Senior Leaving Certificate Examination (including Day School Certificate (Higher) General paper), 1950
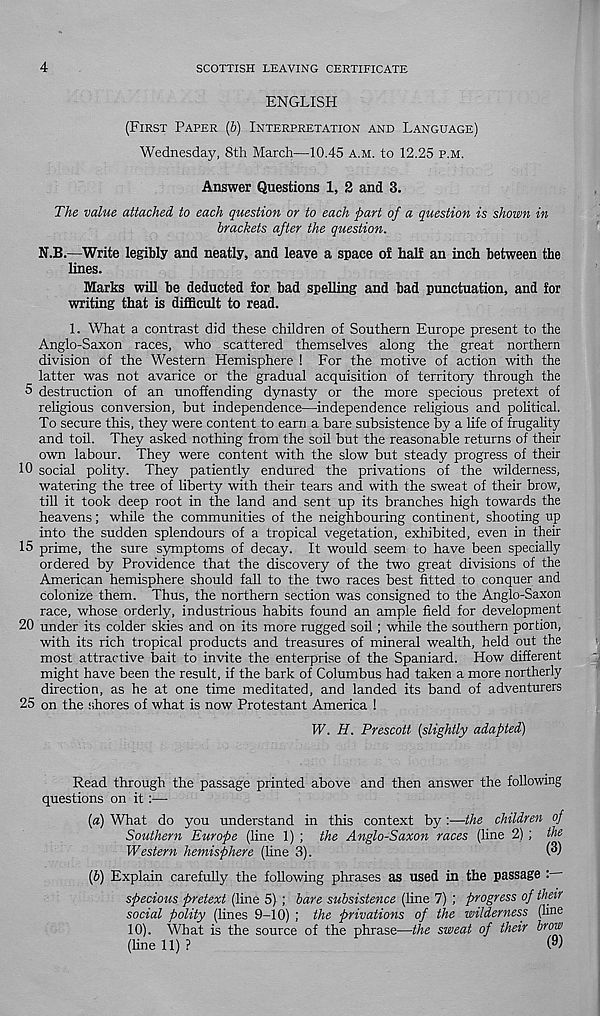
4
SCOTTISH LEAVING CERTIFICATE
ENGLISH
(FIRST PAPER (b) INTERPRETATION AND LANGUAGE)
Wednesday, 8th March—10.45 A.M. to 12.25 P.M.
Answer Questions 1, 2 and 3.
The value attached to each question or to each part of a question is shown in
brackets after the question.
N.B.—Write legibly and neatly, and leave a space of half an inch between the
lines.
Marks will be deducted for bad spelling and bad punctuation, and for
writing that is difficult to read.
1. What a contrast did these children of Southern Europe present to the
Anglo-Saxon races, who scattered themselves along the great northern
division of the Western Hemisphere ! For the motive of action with the
latter was not avarice or the gradual acquisition of territory through the
5 destruction of an unoffending dynasty or the more specious pretext of
religious conversion, but independence—independence religious and political.
To secure this, they were content to earn a bare subsistence by a life of frugality
and toil. They asked nothing from the soil but the reasonable returns of their
own labour. They were content with the slow but steady progress of their
10 social polity. They patiently endured the privations of the wilderness,
watering the tree of liberty with their tears and with the sweat of their brow,
till it took deep root in the land and sent up its branches high towards the
heavens; while the communities of the neighbouring continent, shooting up
into the sudden splendours of a tropical vegetation, exhibited, even in their
15 prime, the sure symptoms of decay. It would seem to have been specially
ordered by Providence that the discovery of the two great divisions of the
American hemisphere should fall to the two races best fitted to conquer and
colonize them. Thus, the northern section was consigned to the Anglo-Saxon
race, whose orderly, industrious habits found an ample field for development
20 under its colder skies and on its more rugged soil; while the southern portion,
with its rich tropical products and treasures of mineral wealth, held out the
most attractive bait to invite the enterprise of the Spaniard. How different
might have been the result, if the bark of Columbus had taken a more northerly
direction, as he at one time meditated, and landed its band of adventurers
25 on the shores of what is now Protestant America !
W. H. Prescott {slightly adapted)
Read through the passage printed above and then answer the following
questions on it:—-
{a) What do you understand in this context by:—the children of
Southern Europe (line 1) ; the Anglo-Saxon races (line 2) ; the
Western hemisphere (line 3).
(^)
[b] Explain carefully the following phrases as used in the passage :
specious pretext (line 5) ; bare subsistence (fine 7) ; progress of their
social polity (lines 9-10) ; the privations of the wilderness (line
10). What is the source of the phrase—the sweat of their brow
(line 11) ?
w)